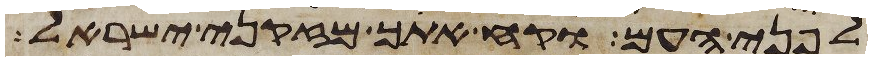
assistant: לפני העם וקח אתך מזקני ישראל